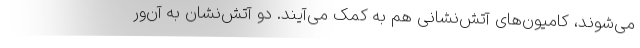
می‌شوند، کامیون‌های آتش‌نشانی هم به کمک می‌آیند. دو آتش‌نشان به آن‌ور